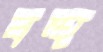
বহু